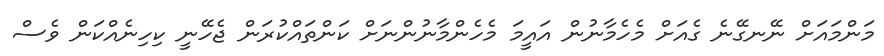
މަންމައަށް ނޭނގޭނެ ގެއަށް މެހެމާނުން އައީމަ މެހެންމާނުންނަށް ކަންތައްކުރަން ޖެހޭނީ ކިހިނެއްކަން ވެސް